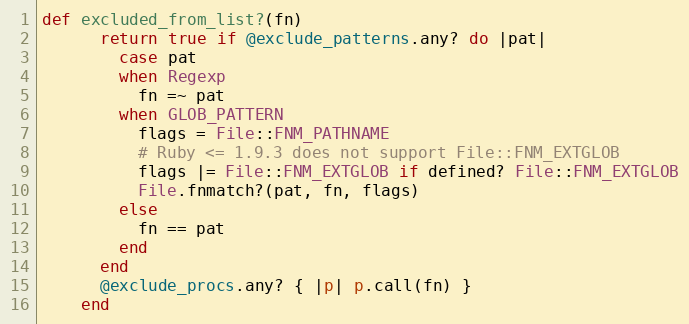
Language: Ruby
def excluded_from_list?(fn)
      return true if @exclude_patterns.any? do |pat|
        case pat
        when Regexp
          fn =~ pat
        when GLOB_PATTERN
          flags = File::FNM_PATHNAME
          # Ruby <= 1.9.3 does not support File::FNM_EXTGLOB
          flags |= File::FNM_EXTGLOB if defined? File::FNM_EXTGLOB
          File.fnmatch?(pat, fn, flags)
        else
          fn == pat
        end
      end
      @exclude_procs.any? { |p| p.call(fn) }
    end